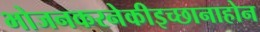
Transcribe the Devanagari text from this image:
भोजनकरनेकीइच्छानाहोन